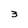
Character: 3